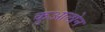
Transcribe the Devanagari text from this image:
कुआलोन